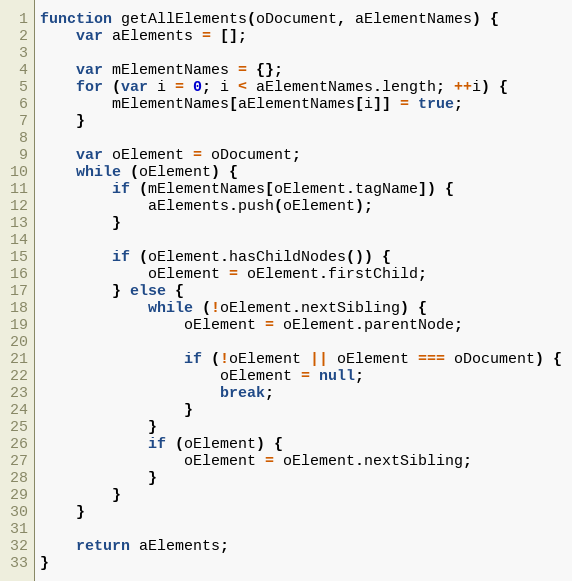
Language: JavaScript
function getAllElements(oDocument, aElementNames) {
	var aElements = [];

	var mElementNames = {};
	for (var i = 0; i < aElementNames.length; ++i) {
		mElementNames[aElementNames[i]] = true;
	}

	var oElement = oDocument;
	while (oElement) {
		if (mElementNames[oElement.tagName]) {
			aElements.push(oElement);
		}

		if (oElement.hasChildNodes()) {
			oElement = oElement.firstChild;
		} else {
			while (!oElement.nextSibling) {
				oElement = oElement.parentNode;

				if (!oElement || oElement === oDocument) {
					oElement = null;
					break;
				}
			}
			if (oElement) {
				oElement = oElement.nextSibling;
			}
		}
	}

	return aElements;
}